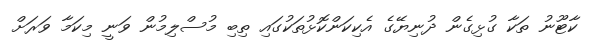
ކާޓޫނު ތަކާ ގުޅިގެން ދުނިޔޭގެ އެކިކަންކޮޅުތަކުގައި ތިބި މުސްލިމުން ވަނީ މިކަމާ ވަރަށް